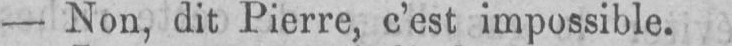
- Non, dit Pierre, c’est impossible.